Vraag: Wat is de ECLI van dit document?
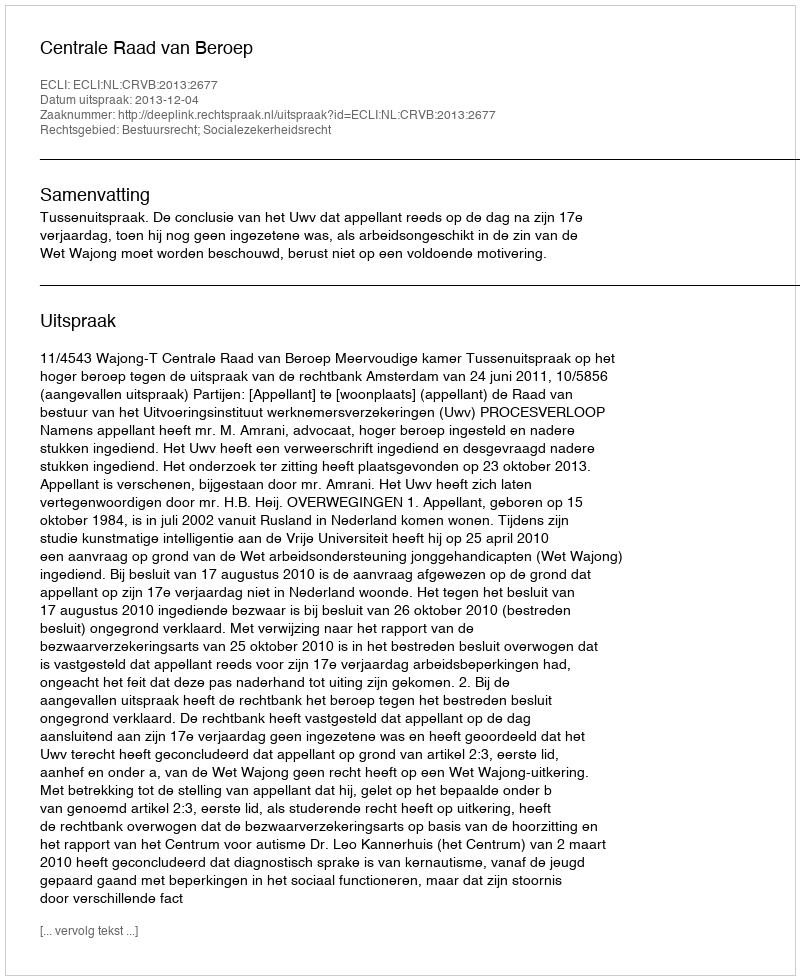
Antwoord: ECLI:NL:CRVB:2013:2677